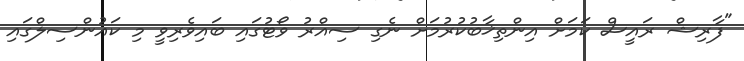
"ފާރިޝް ރައީސް ކަމަށް އިންތިޚާބުކުރުމަށް ނެގި ސިއްރު ވޯޓުގައި ބައިވެރިވީ މި ކައުންސިލްގައި